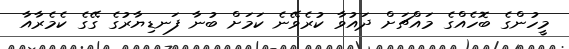
މީހުންގެ ބޮހެއްގެ މައްޗަށް ދައުވާ ކުރެވޭނެ ކަމަށް ބުނާ ފަނޑިޔާރުގެ ގޭގެ ކެމެރާއާ